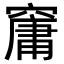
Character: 𥧱